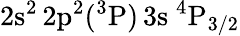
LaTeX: \mathrm{2s^{2}\, 2p^{2}(^{3}P)\, 3s~^{4}P_{3/2}}